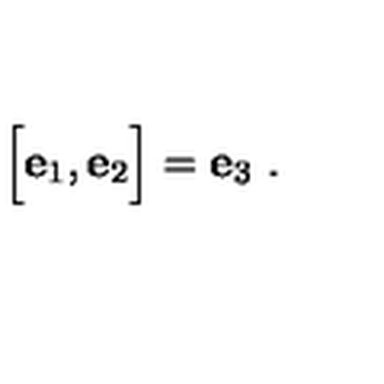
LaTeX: \Bigl [ { \bf e } _ { 1 } , { \bf e } _ { 2 } \Bigr ] = { \bf e } _ { 3 } \ .